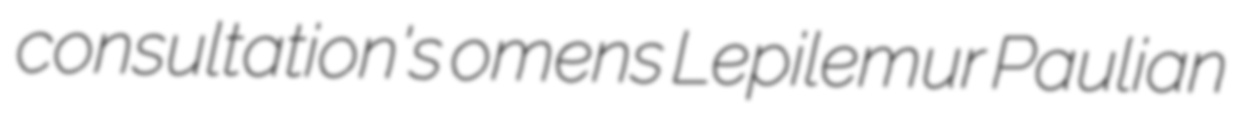
consultation's omens Lepilemur Paulian